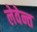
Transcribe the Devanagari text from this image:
लेवेन्त